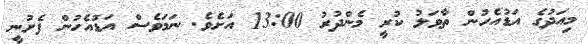
މިއަދުގެ އަޑުއެހުން ތާވަލު ކުރީ މެންދުރު 13:00 އަށެވެ. ނަމަވެސް އަޑުއެހުން ފެށުނީ